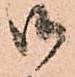
御